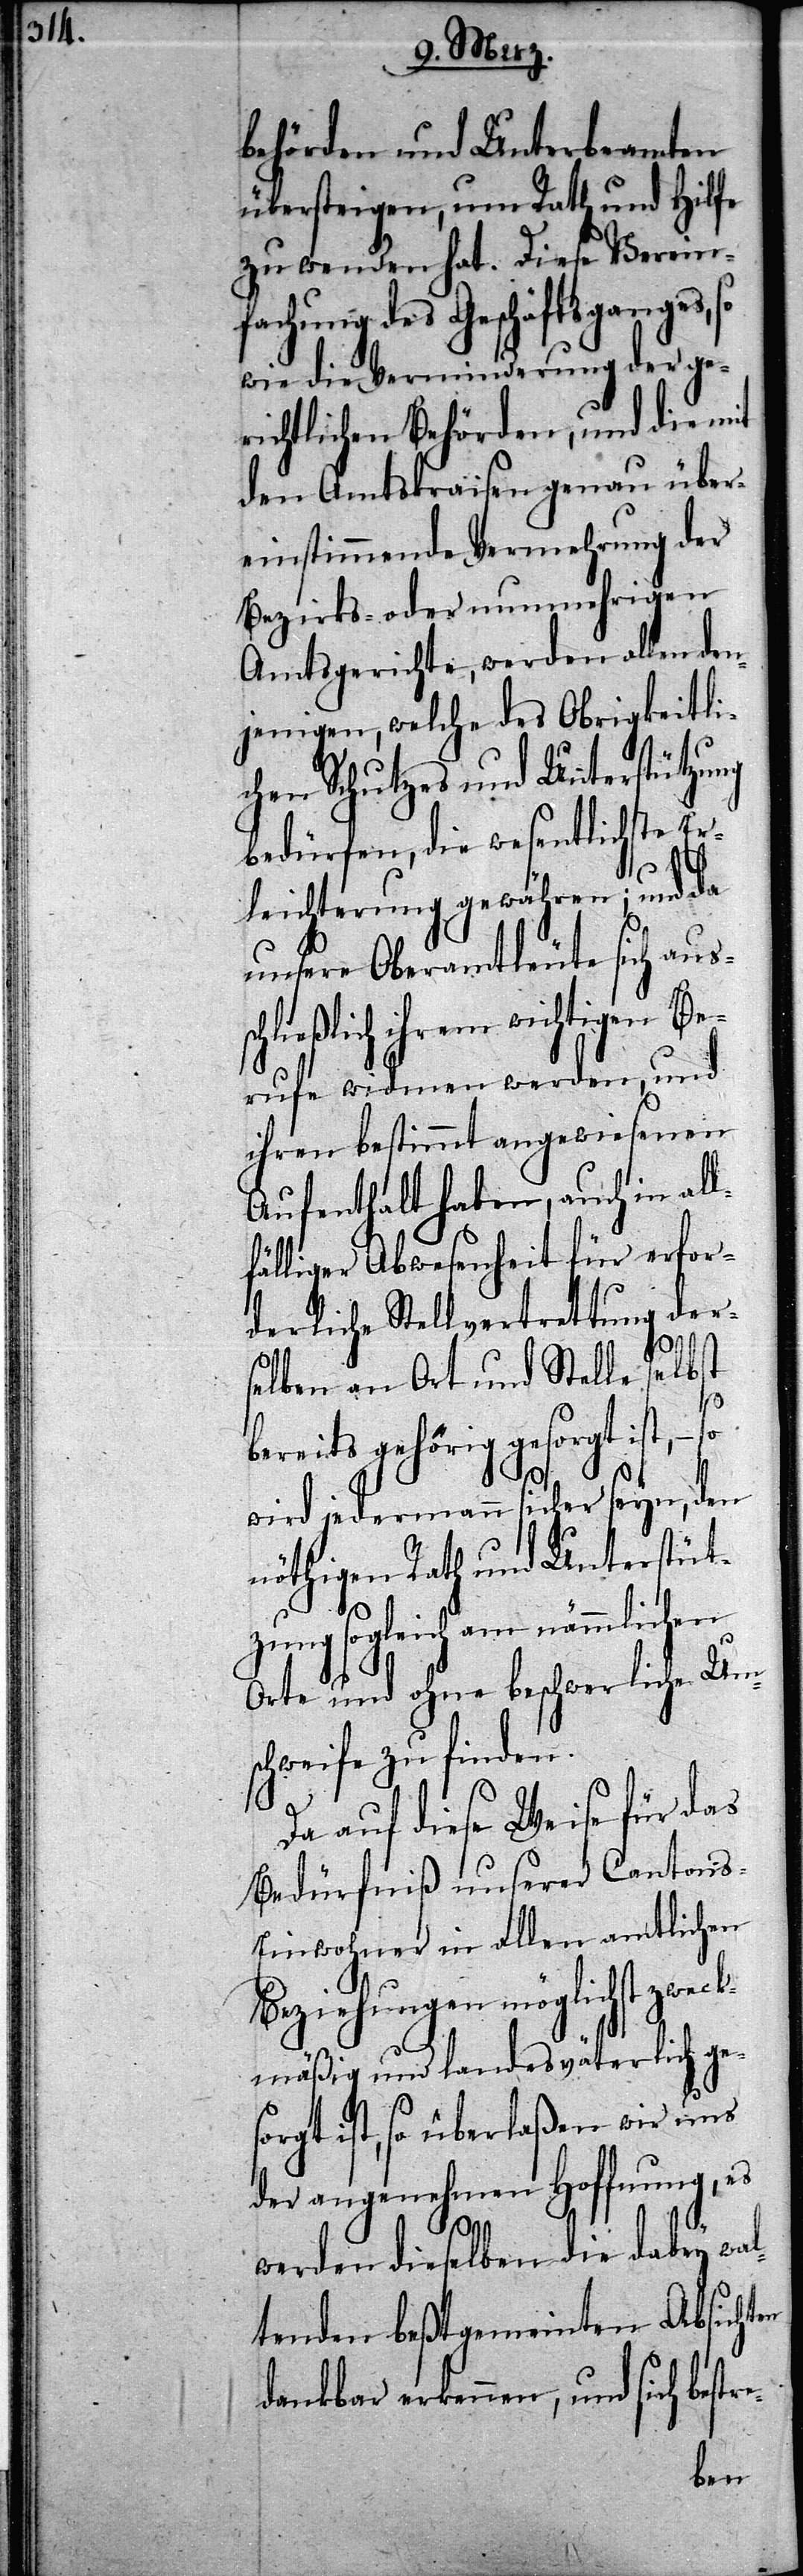
behörden und Unterbeamten
übersteigen, um Rath und Hilfe
zu wenden hat. Diese Verein¬
fachung des Geschäftsganges, so
wie die Verminderung der ge¬
richtlichen Behörden, und die mit
den Amtskraisen genau über¬
einstimmende Vermehrung der
Bezirks- oder nunmehrigen
Amtsgerichte, werden allen den¬
jenigen, welche des Obrigkeitli¬
chen Schutzes und Unterstützung
bedürfen, die wesentlichste Er¬
leichterung gewähren; und da
unsere Oberamtleute sich auss¬
chließlich ihrem wichtigen Be¬
rufe widmen werden, und
ihren bestimmt angewiesenen
Aufenthalt haben, auch in all¬
fälliger Abwesenheit für erfor¬
derliche Stellvertrettung der¬
selben an Ort und Stelle selbst
bereits gehörig gesorgt ist, – so
wird jedermann sicher seyn, den
nöthigen Rath und Unterstüt¬
zung sogleich am nämmlichen
Orte und ohne beschwerliche Um¬
schweife zu finden.
Da auf diese Weise für das
Bedürfniß unserer Cantons-E¬
inwohner in allen amtlichen
Beziehungen möglichst zwec¬
kmäßig und landesväterlich ges¬
orgt ist, so überlaßen wir uns
der angenehmen Hoffnung, es
stre-
werden dieselben die dabey wal¬
tenden beßtgemeinten Absichten
dankbar erkennen, und sich be¬